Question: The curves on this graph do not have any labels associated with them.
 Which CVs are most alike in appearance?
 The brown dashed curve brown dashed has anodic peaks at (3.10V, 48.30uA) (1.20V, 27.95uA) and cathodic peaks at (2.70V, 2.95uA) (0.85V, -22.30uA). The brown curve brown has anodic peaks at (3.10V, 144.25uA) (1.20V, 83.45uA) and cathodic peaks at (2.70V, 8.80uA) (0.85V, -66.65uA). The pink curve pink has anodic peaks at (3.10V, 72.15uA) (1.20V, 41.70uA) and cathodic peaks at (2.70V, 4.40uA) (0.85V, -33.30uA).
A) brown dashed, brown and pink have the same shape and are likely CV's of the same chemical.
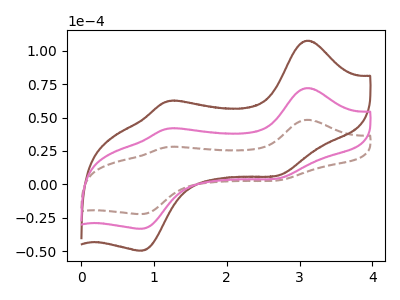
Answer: <think>All the peaks in "brown dashed" have a peak in "brown" at the same potential. All the peaks in "brown dashed" have a peak in "pink" at the same potential. All the peaks in "brown" have a peak in "pink" at the same potential.
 </think>
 <answer>A) "brown dashed", "brown" and "pink" have the same shape and are likely CV's of the same chemical.</answer>
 <eval>A</eval>